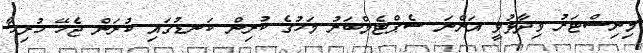
މިނިސްޓަރު ވިދާޅުވީ އަންނަ ސެޕްޓެމްބަރު މަހުގެ ކުރިން ކަނޑުގައި ކުރަން ޖެހޭ ހުރިހާ